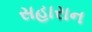
સહારાન